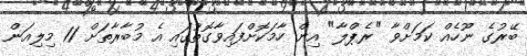
ބޭރުގެ ނޫހެއް ކަމަށްވާ "ރެޕްލާ" އިން ހާމަކޮށްފައިވާގޮތުގައި އެ މުބާރާތަށް 11 މިލިއަން